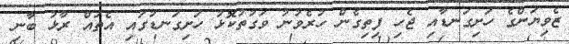
ޒެވިޔަންގެ ހަށިގަނޑާއި ޖެހި ފިތިގެން ހުރެވުނު ވަގުތުކޮޅު ހަށިގަނޑުގައި އެތައް ރާޅު ބާނި